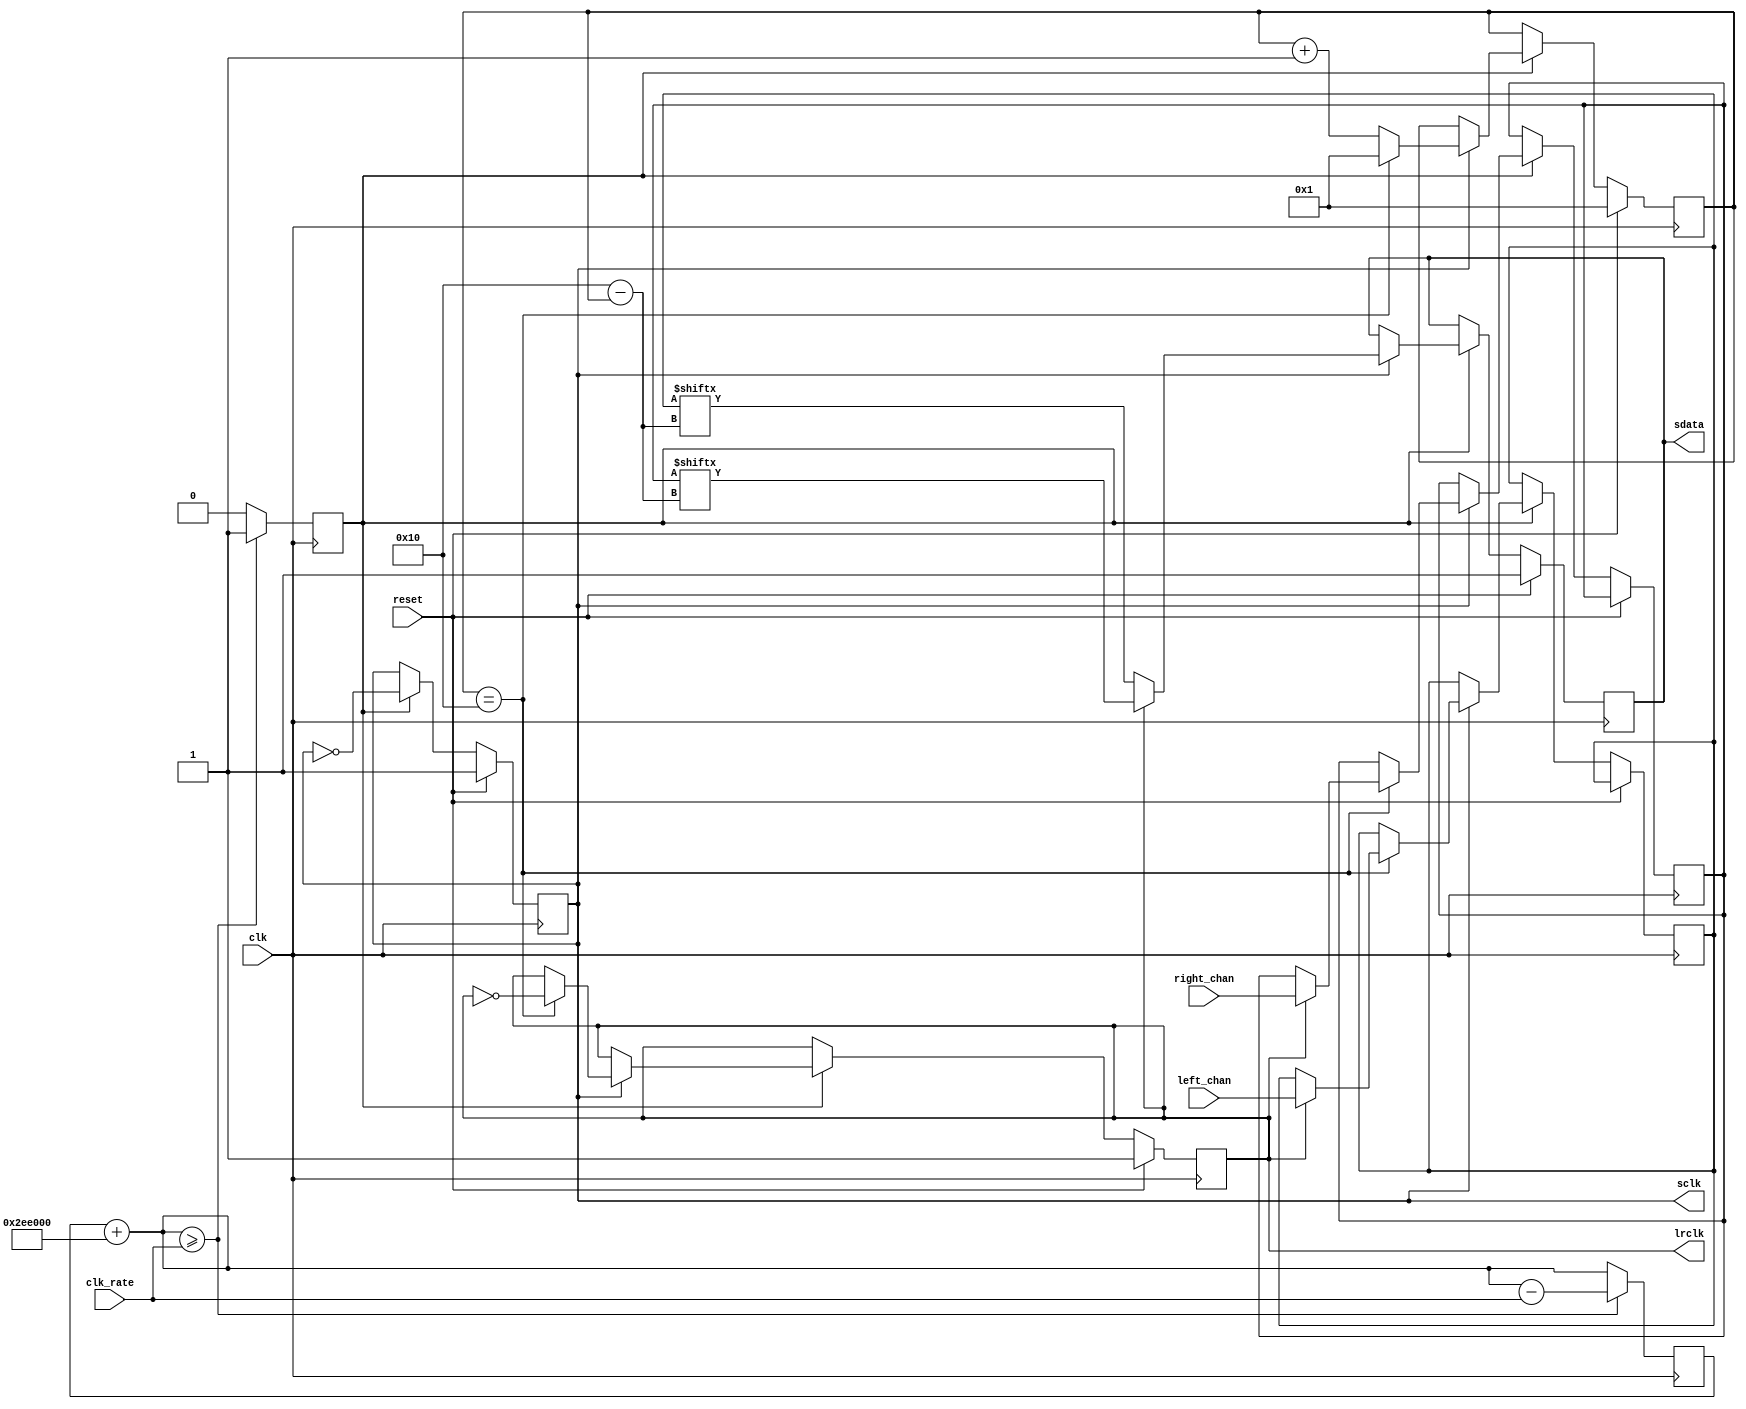
// This program was cloned from: https://github.com/jotego/jtcores
// License: GNU General Public License v3.0

// taken and tweaked from MiSTer sys/

module i2s #(parameter
	// Clock Setting
	I2S_Freq = 48_000,     // 48 KHz
	AUDIO_DW = 16
)(
	input        reset,
	input        clk,
	input [31:0] clk_rate,

	output reg sclk,
	output reg lrclk,
	output reg sdata,

	input [AUDIO_DW-1:0]	left_chan,
	input [AUDIO_DW-1:0]	right_chan
);


localparam I2S_FreqX2 = I2S_Freq*2*AUDIO_DW*2;

reg  [31:0] cnt;
wire [31:0] cnt_next = cnt + I2S_FreqX2;
reg         ce;
reg  [ 4:0] bit_cnt = 1;

reg [AUDIO_DW-1:0] left;
reg [AUDIO_DW-1:0] right;

always @(posedge clk) begin
	ce <= 0;
	cnt <= cnt_next;
	if(cnt_next >= clk_rate) begin
		cnt <= cnt_next - clk_rate;
		ce <= 1;
	end
end


always @(posedge clk) begin
	if (reset) begin
		bit_cnt <= 1;
		lrclk   <= 1;
		sclk    <= 1;
		sdata   <= 1;
		sclk    <= 1;
	end
	else begin
		if(ce) begin
			sclk <= ~sclk;
			if(sclk) begin
				if(bit_cnt == AUDIO_DW) begin
					bit_cnt <= 1;
					lrclk <= ~lrclk;
					if(lrclk) begin
						left  <= left_chan;
						right <= right_chan;
					end
				end
				else begin
					bit_cnt <= bit_cnt + 1'd1;
				end
				sdata <= lrclk ? right[AUDIO_DW - bit_cnt] : left[AUDIO_DW - bit_cnt];
			end
		end
	end
end

endmodule